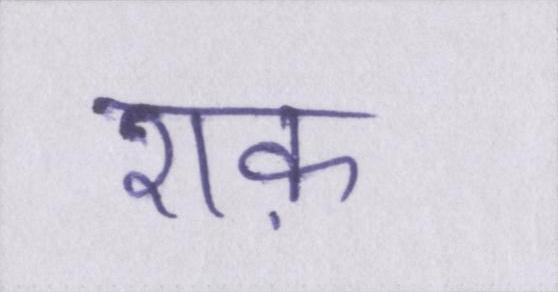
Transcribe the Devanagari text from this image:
शक़